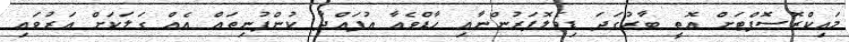
މައިކްރޮސޮފްޓަށް އޮތީ ބާރުގަދަ ޑިވެލޮޕަރުންނާއި ހާޑްވެއާ އުފައްދާ ކުންފުނިތައް އެއް ގަލަކަށް އަރުވައި